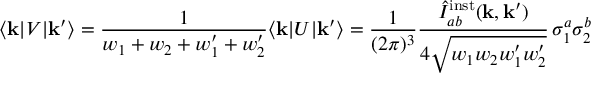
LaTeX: \langle { \bf k } \vert V \vert { \bf k } ^ { \prime } \rangle = { \frac { 1 } { w _ { 1 } + w _ { 2 } + w _ { 1 } ^ { \prime } + w _ { 2 } ^ { \prime } } } \langle { \bf k } \vert U \vert { \bf k } ^ { \prime } \rangle = \frac { 1 } { ( 2 \pi ) ^ { 3 } } \frac { \hat { I } _ { a b } ^ { \mathrm { i n s t } } ( { \bf k } , { \bf k } ^ { \prime } ) } { 4 \sqrt { w _ { 1 } w _ { 2 } w _ { 1 } ^ { \prime } w _ { 2 } ^ { \prime } } } \, \sigma _ { 1 } ^ { a } \sigma _ { 2 } ^ { b }